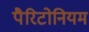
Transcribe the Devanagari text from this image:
पैरिटोनियम